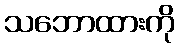
သဘောထားကို